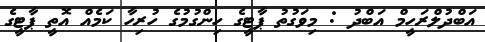
އަބްދުލްރަހީމް އަބްދު : މިވަގުތު ޕާޓީގެ ހިންގުމުގެ ހުރިހާ ކަމެއް އޮތީ ޕާޓީގެ